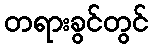
တရားခွင်တွင်